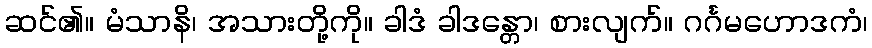
ဆင်၏။ မံသာနိ၊ အသားတို့ကို။ ခါဒံ ခါဒန္တော၊ စားလျက်။ ဂင်္ဂမဟောဒကံ၊